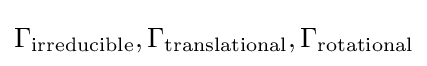
\Gamma _{\text{irreducible}},\Gamma _{\text{translational}},\Gamma _{\text{rotational}}